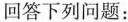
回答下列问题：